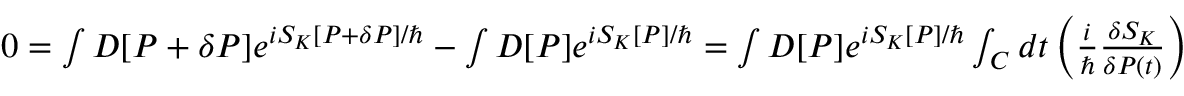
\begin{array} { r } { 0 = \int { \cal D } [ P + \delta P ] e ^ { i { \cal S } _ { K } [ P + \delta P ] / \hbar } - \int { \cal D } [ P ] e ^ { i { \cal S } _ { K } [ P ] / \hbar } = \int { \cal D } [ P ] e ^ { i { \cal S } _ { K } [ P ] / \hbar } \int _ { C } d t \left( \frac { i } { \hbar } \frac { \delta { \cal S } _ { K } } { \delta P ( t ) } \right) \delta P ( t ) , } \end{array}